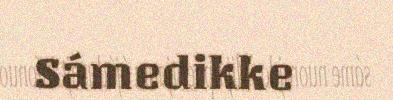
Sámedikke